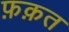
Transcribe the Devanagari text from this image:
फ़क़त